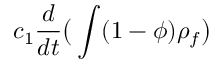
c _ { 1 } \frac { d } { d t } \big ( \int ( 1 - \phi ) \rho _ { f } \big )